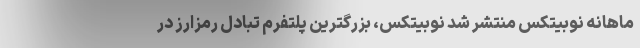
ماهانه نوبیتکس منتشر شد نوبیتکس، بزرگترین پلتفرم تبادل رمزارز در